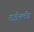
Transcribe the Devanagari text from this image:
राईनलैंड